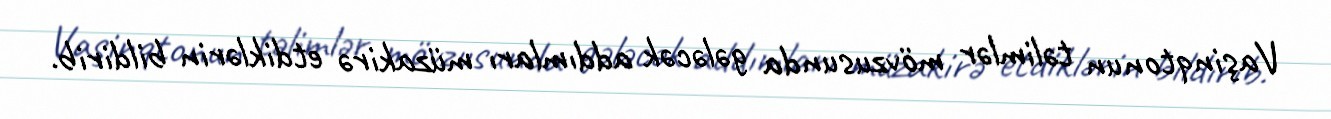
Vaşinqtonun təlimlər mövzusunda gələcək addımları müzakirə etdiklərin bildirib.